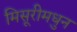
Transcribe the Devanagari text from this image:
मिसूरीमधुन